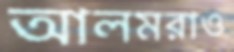
আলমরাও